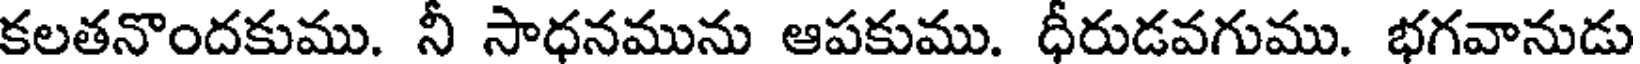
కలతనొందకుము. నీ సాధనమును ఆపకుము. ధీరుడవగుము. భగవానుడు